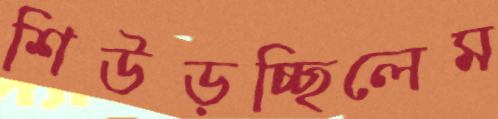
শিউড়চ্ছিলেম